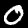
Label: 0